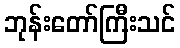
ဘုန်းတော်ကြီးသင်